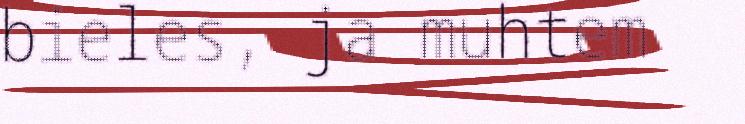
bieles, ja muhtem